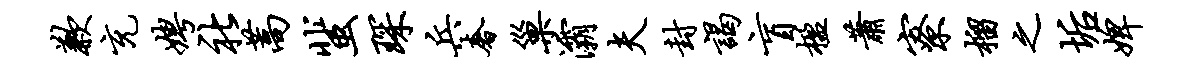
歉充娉社蒿蜚琛兵奢巢灞夫封谒盲楹萧寮榴之垢婢